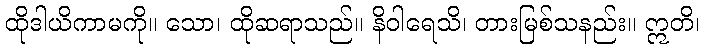
ထိုဒါယိကာမကို။ သော၊ ထိုဆရာသည်။ နိဝါရေသိ၊ တားမြစ်သနည်း။ ဣတိ၊